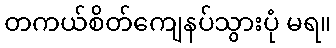
တကယ်စိတ်ကျေနပ်သွားပုံ မရ။